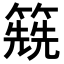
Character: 𥳱